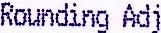
ROUNDING ADJ